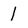
Character: 1